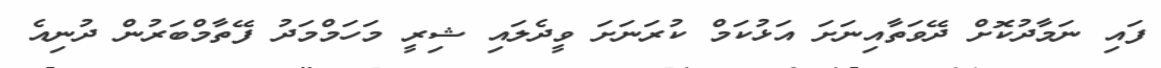
ފައި ނަމާދުކޮށް ދޭވަތާއިނަށަ އަޅުކަމް ކުރަނަށަ ވީދެލައި ޝިރީ މަހަމްމަދު ފޭތާމްބަރުން ދުނިއެ